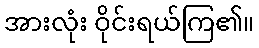
အားလုံး ဝိုင်းရယ်ကြ၏။